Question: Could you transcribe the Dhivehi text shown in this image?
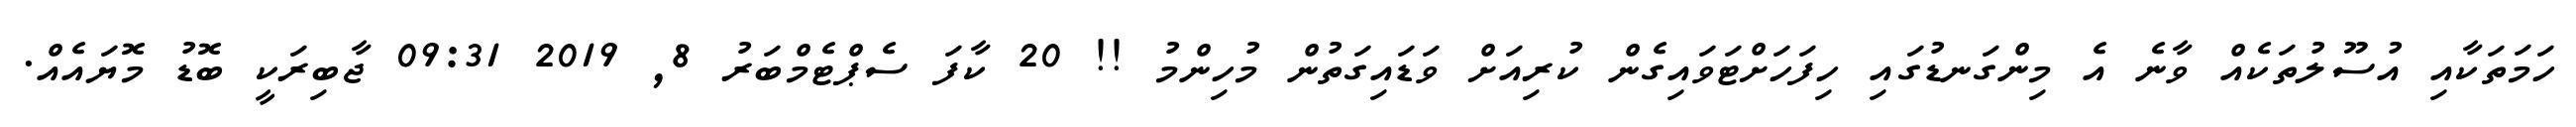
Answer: ހަމަތަކާއި އުސޫލުތަކެއް ވާނެ އެ މިންގަނޑުގައި ހިފަހަށްޓަވައިގެން ކުރިއަށް ވަޑައިގަތުން މުހިންމު !! 20 ކާފަ ސެޕްޓެމްބަރު 8, 2019 09:31 ޖާބިރަކީ ބޮޑު މޮޔައެއް.